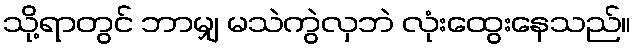
သို့ရာတွင် ဘာမျှ မသဲကွဲလှဘဲ လုံးထွေးနေသည်။